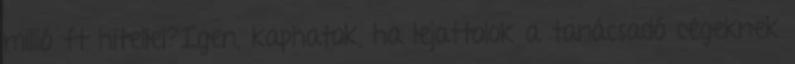
millió ft hitellel?Igen, kaphatok, ha lejattolok a tanácsadó cégeknek